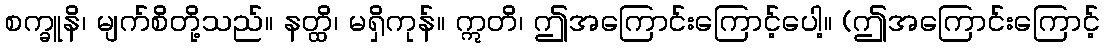
စက္ခူနိ၊ မျက်စိတို့သည်။ နတ္ထိ၊ မရှိကုန်။ ဣတိ၊ ဤအကြောင်းကြောင့်ပေါ့။ (ဤအကြောင်းကြောင့်